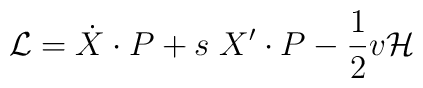
{\cal L} = \dot X\cdot P + s\; X'\cdot P  -{1\over2}v {\cal H}